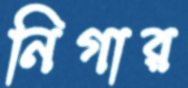
নিগার